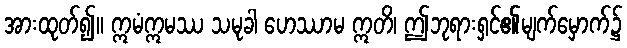
အားထုတ်၍။ ဣမံဣမဿ သမုခါ ဟေဿာမ ဣတိ၊ ဤဘုရားရှင်၏မျက်မှောက်၌